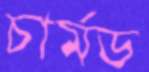
চার্মড